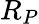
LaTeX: R_{P}